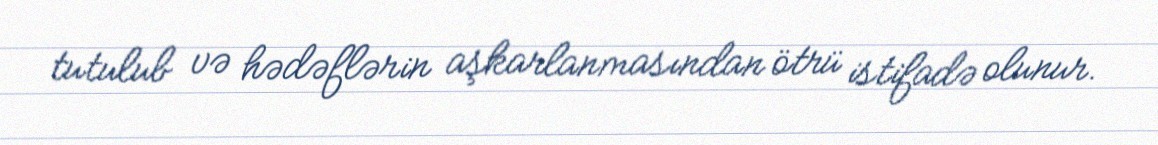
tutulub və hədəflərin aşkarlanmasından ötrü istifadə olunur.